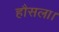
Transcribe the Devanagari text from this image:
हौसला।